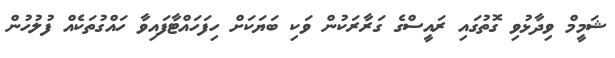
ޝަމީމް ވިދާޅުވި ގޮތުގައި ރައީސްގެ ގަރާރަކުން ވަކި ބަޔަކަށް ހިފަހައްޓާފައިވާ ހައްގުތަކެއް ފުލުހުން